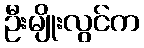
ဦးမျိုးလွင်က